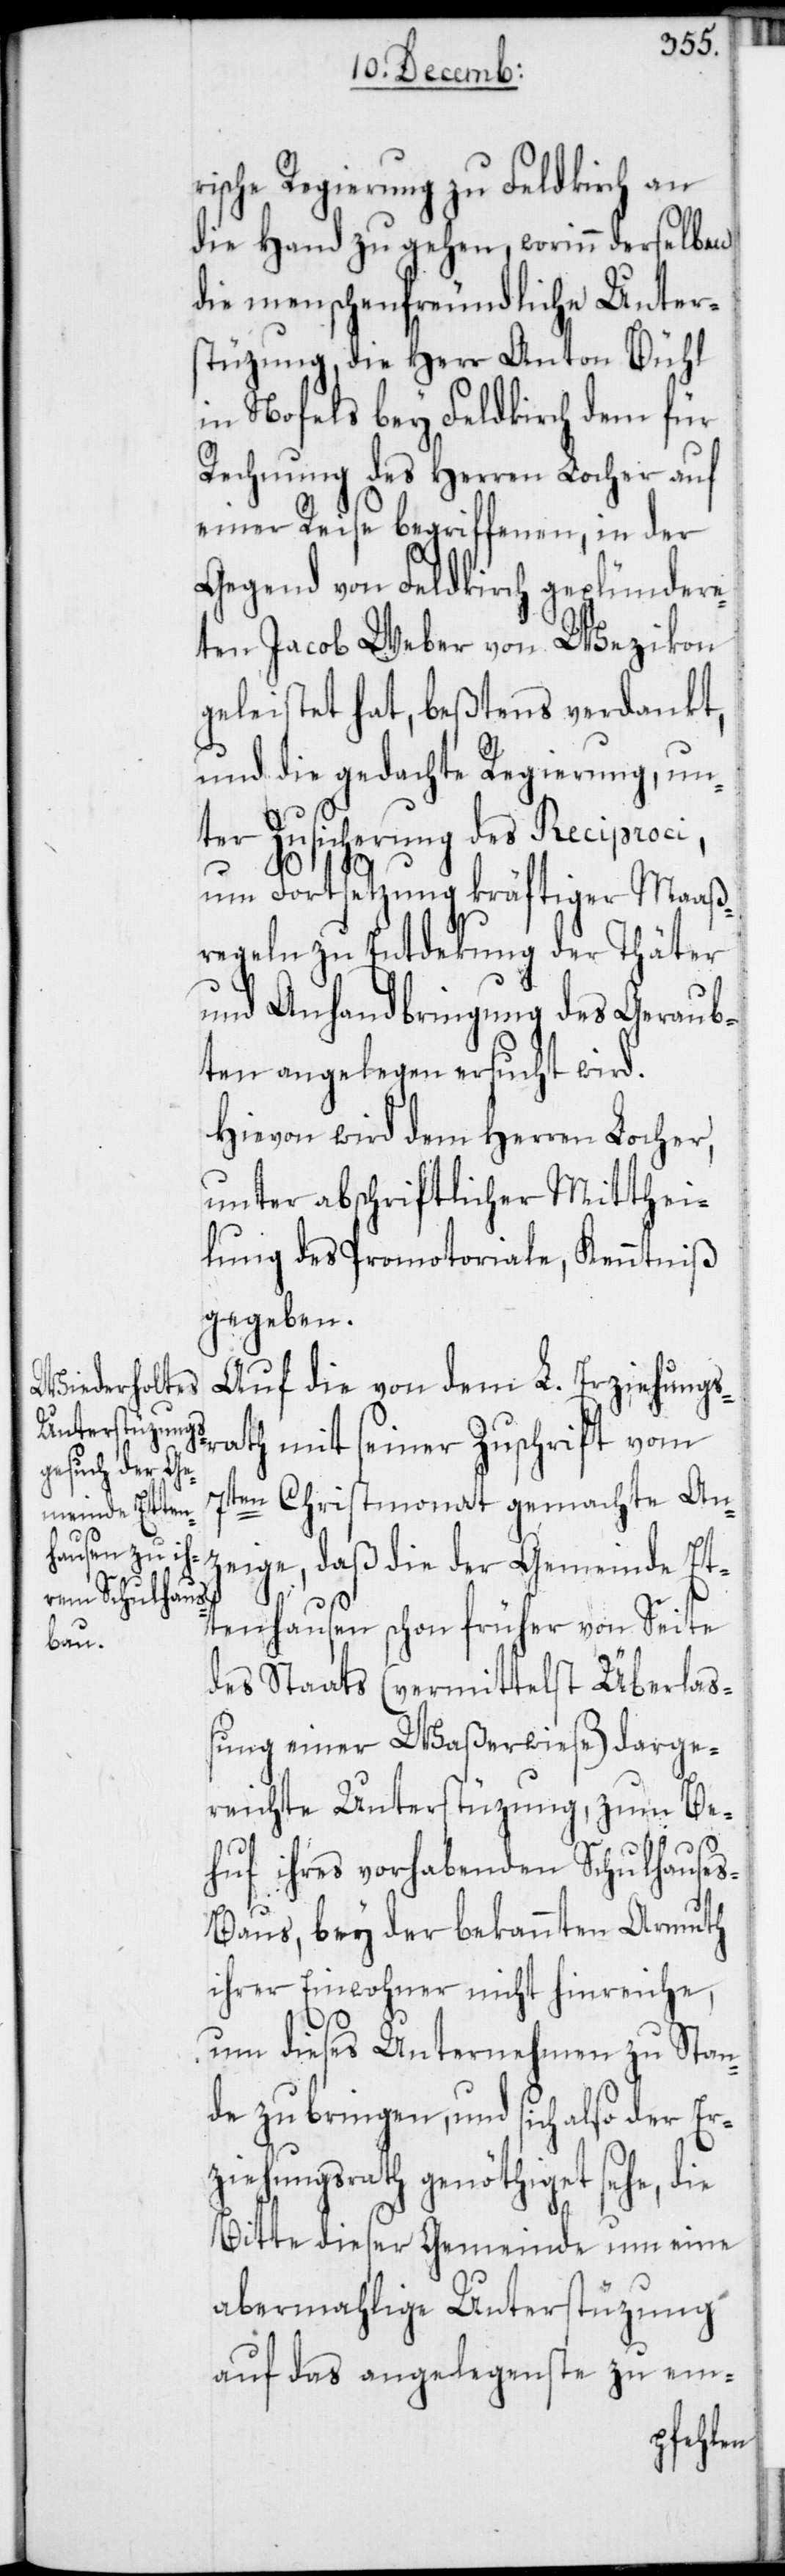
rische Regierung zu Feldkirch an
die Hand zu gehen, worinn derselben
die menschenfreundliche Unter¬
stüzung, die Herr Anton Bühl
in Nofels bey Feldkirch dem für
Rechnung des Herren Locher auf
einer Reise begriffenen, in der
Gegend von Feldkirch geplündere¬
ten Jacob Weber von Wezikon
geleistet hat, beßtens verdankt,
und die gedachte Regierung, un¬
ter Zusicherung des Reciproci,
um Fortsetzung kräftiger Maaß¬
regeln zu Entdekung der Thäter
und Anhandbringung des Geraub¬
ten angelegen ersucht wird.
Hievon wird dem Herren Locher,
unter abschriftlicher Mitthei¬
lung des Promotoriale, Kenntniß
gegeben.
Auf die von dem L. Erziehungs¬
rath mit seiner Zuschrift vom
7ten Christmonat gemachte An¬
zeige, daß die der Gemeinde Et¬
tenhausen schon früher von Seite
des Staats (vermittelst Überlaß¬
ung einer Waßerwiese) darge¬
reichte Unterstüzung, zum Be¬
huf ihres vorhabenden Schulhause¬
s-Baus, bey der bekannten Armut
ihrer Einwohner nicht hinreiche,
um dieses Unternehmen zustan¬
de zu bringen, und sich also der Er¬
ziehungsrath genöthiget sehe, die
Bitte dieser Gemeinde um eine
abermahlige Unterstüzung
auf das angelegenste zu em-